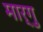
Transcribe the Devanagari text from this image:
मार्गु